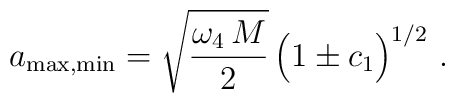
a_{\rm max,min} = \sqrt{\frac{\omega_4 \, M}{2}} \, \Big( 1 \pm c_1 \Big)^{1/2} \,\,.